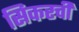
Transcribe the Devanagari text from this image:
सिकरची